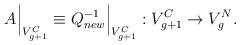
LaTeX: \begin{align*}A \Bigr|_{V_{g+1}^{C}} \equiv Q_{new}^{-1} \Bigr|_{V_{g+1}^{C}} : V_{g+1}^{C} \to V_g^N.\end{align*}